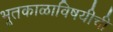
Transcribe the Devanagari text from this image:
भूतकाळाविषयीची